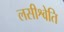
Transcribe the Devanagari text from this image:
लसीश्वेति